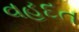
વહદત